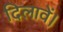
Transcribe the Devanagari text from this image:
दिलावें।